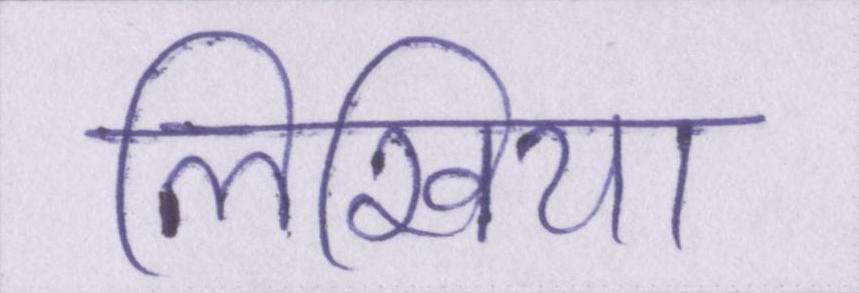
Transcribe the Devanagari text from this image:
लिखिया